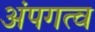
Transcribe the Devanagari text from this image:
अंपगत्व